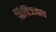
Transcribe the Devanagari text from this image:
किंचिज्ज्ञत्व